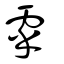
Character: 雽